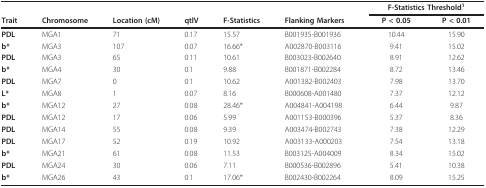
<table><thead><tr><td></td><td></td><td></td><td></td><td></td><td></td><td colspan="2"><b>F-Statistics Threshold<sup>1</sup></b></td></tr><tr><td><b>Trait</b></td><td><b>Chromosome</b></td><td><b>Location (cM)</b></td><td><b>qtlV</b></td><td><b>F-Statistics</b></td><td><b>Flanking Markers</b></td><td><b>P &lt; 0.05</b></td><td><b>P &lt; 0.01</b></td></tr></thead><tbody><tr><td><b>PDL</b></td><td>MGA1</td><td>71</td><td>0.17</td><td>15.57</td><td>B001935-B001936</td><td>10.44</td><td>15.90</td></tr><tr><td><b>b*</b></td><td>MGA3</td><td>107</td><td>0.07</td><td>16.66*</td><td>A002870-B003116</td><td>9.41</td><td>15.02</td></tr><tr><td><b>PDL</b></td><td>MGA3</td><td>65</td><td>0.11</td><td>10.61</td><td>B003023-B002640</td><td>8.91</td><td>12.62</td></tr><tr><td><b>b*</b></td><td>MGA4</td><td>30</td><td>0.1</td><td>9.88</td><td>B001871-B002284</td><td>8.72</td><td>13.46</td></tr><tr><td><b>PDL</b></td><td>MGA7</td><td>0</td><td>0.1</td><td>10.62</td><td>A001382-B002403</td><td>7.98</td><td>13.70</td></tr><tr><td><b>L*</b></td><td>MGA8</td><td>1</td><td>0.07</td><td>8.16</td><td>B000608-A001480</td><td>7.37</td><td>12.12</td></tr><tr><td><b>b*</b></td><td>MGA12</td><td>27</td><td>0.08</td><td>28.46*</td><td>A004841-A004198</td><td>6.44</td><td>9.87</td></tr><tr><td><b>PDL</b></td><td>MGA12</td><td>17</td><td>0.06</td><td>5.99</td><td>A001153-B000396</td><td>5.37</td><td>8.36</td></tr><tr><td><b>PDL</b></td><td>MGA14</td><td>55</td><td>0.08</td><td>9.39</td><td>A003474-B002743</td><td>7.38</td><td>12.29</td></tr><tr><td><b>PDL</b></td><td>MGA17</td><td>52</td><td>0.19</td><td>10.92</td><td>A003133-A000203</td><td>7.54</td><td>13.18</td></tr><tr><td><b>b*</b></td><td>MGA21</td><td>61</td><td>0.08</td><td>11.53</td><td>B003125-A004009</td><td>8.34</td><td>15.02</td></tr><tr><td><b>PDL</b></td><td>MGA24</td><td>30</td><td>0.06</td><td>7.11</td><td>B000536-B002896</td><td>5.41</td><td>10.38</td></tr><tr><td><b>b*</b></td><td>MGA26</td><td>43</td><td>0.1</td><td>17.06*</td><td>B002430-B002264</td><td>8.09</td><td>15.25</td></tr></tbody></table>